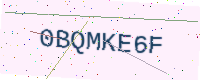
Text: 0BQMKE6F